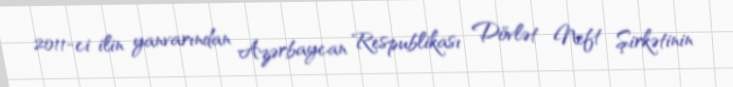
2011-ci ilin yanvarından Azərbaycan Respublikası Dövlət Neft Şirkətinin